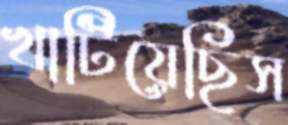
খাটিয়েছিস